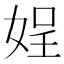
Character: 𡝚